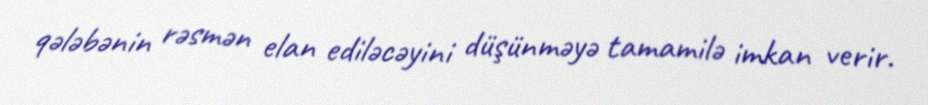
qələbənin rəsmən elan ediləcəyini düşünməyə tamamilə imkan verir.